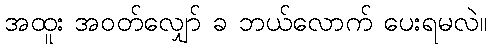
အထူး အဝတ်လျှော် ခ ဘယ်လောက် ပေးရမလဲ။